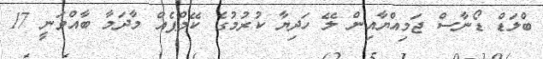
ބްލަޑް ޑޯނާސް ޖަމިއްޔާއިން ލޭ ހަދިޔާ ކުރުމުގެ ކޭމްޕެއް މާދަމާ ބާއްވަނީ 17